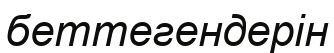
беттегендерін